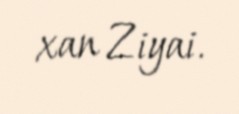
xan Ziyai.